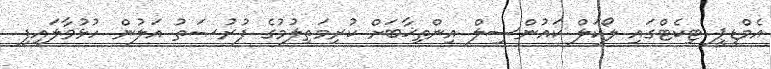
އެމްޑީޕީ ޓިކެޓްގައި ލޯކަލް ކައުންސިލް އިންތިޚާބަށް ކުރިމަތިލުމުގެ ފުރުޞަތު އަލުން ހުޅުވާލައިފި